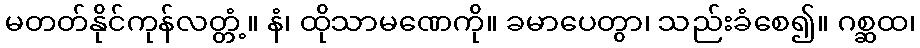
မတတ်နိုင်ကုန်လတ္တံ့။ နံ၊ ထိုသာမဏေကို။ ခမာပေတွာ၊ သည်းခံစေ၍။ ဂစ္ဆထ၊